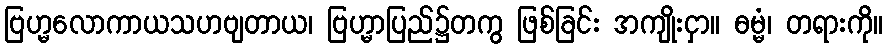
ဗြဟ္မလောကာယသဟဗျတာယ၊ ဗြဟ္မာပြည်၌တကွ ဖြစ်ခြင်း အကျိုးငှာ။ ဓမ္မံ၊ တရားကို။